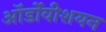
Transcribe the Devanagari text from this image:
ऑर्डोवीशयन